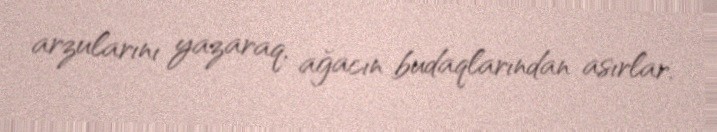
arzularını yazaraq, ağacın budaqlarından asırlar.